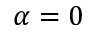
\alpha = 0